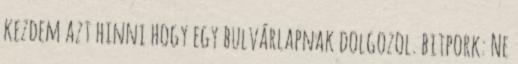
kezdem azt hinni hogy egy bulvárlapnak dolgozol. bitpork: Ne